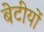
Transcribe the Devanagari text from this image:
बेटीयों